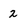
Character: 2